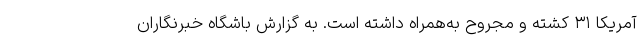
آمریکا ۳۱ کشته و مجروح به‌همراه داشته است. به گزارش باشگاه خبرنگاران